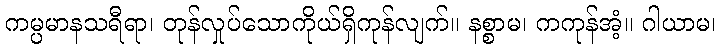
ကမ္ပမာနသရီရာ၊ တုန်လှုပ်သောကိုယ်ရှိကုန်လျက်။ နစ္စာမ၊ ကကုန်အံ့။ ဂါယာမ၊